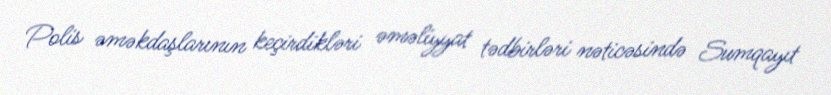
Polis əməkdaşlarının keçirdikləri əməliyyat tədbirləri nəticəsində Sumqayıt